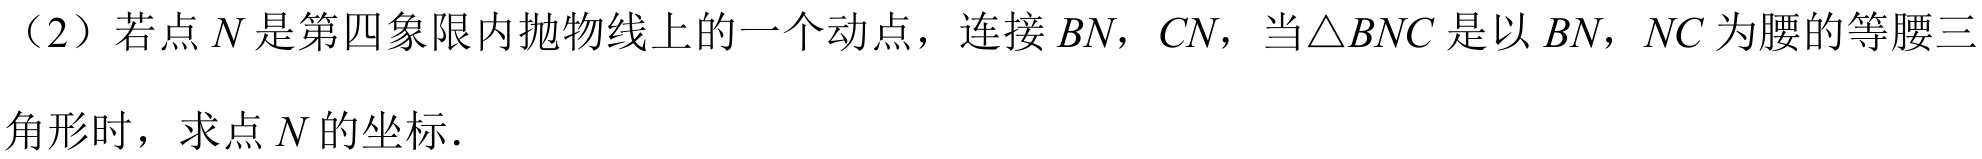
（2）若点\(N\)是第四象限内抛物线上的一个动点，连接\(BN\)，\(CN\)，当\(\triangle BNC\)是以\(BN\)，\(NC\)为腰的等腰三角形时，求点\(N\)的坐标．